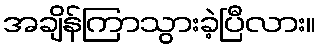
အချိန်ကြာသွားခဲ့ပြီလား။